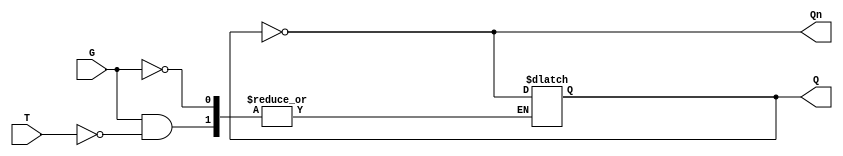
module gated_t_latch (
    input wire T,      // Toggle input
    input wire G,      // Gate or enable input
    output reg Q,      // Current output state
    output wire Qn     // Complementary output of Q
);

    assign Qn = ~Q; // Complementary output

    always @(G or T) begin
        if (G) begin
            if (T) begin
                Q <= ~Q; // Toggle the state of Q
            end
            // If T is low, Q retains its current state
        end
        // If G is low, Q retains its current state
    end

endmodule